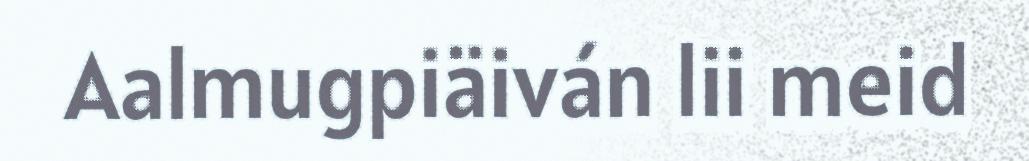
Aalmugpiäiván lii meid